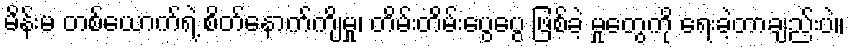
မိန်းမ တစ်ယောက်ရဲ့ စိတ်နောက်ကျိမှု၊ တိမ်းတိမ်းပွေပွေ ဖြစ်ခဲ့ မှုတွေကို ရေးခဲ့တာချည်းပဲ။